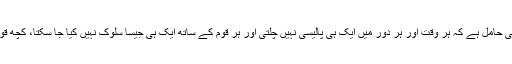
یوں تو یہ داستان تمثیلی ہے، لیکن اپنے آپ میں ایک بہترین نتیجہ کی حامل ہے کہ ہر وقت اور ہر دور میں ایک ہی پالیسی نہیں چلتی اور ہر قوم کے ساتھ ایک ہی جیسا سلوک نہیں کیا جا سکتا، کچھ قومیں ایسی بھی ہیں جنکے ساتھ شاطرانہ معاملہ بھاری پڑ سکتا ہے۔